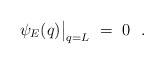
\begin{align*}\psi_E(q)\bigr|_{q=L}\ =\ 0\ \ .\end{align*}